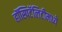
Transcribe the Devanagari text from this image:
हॉस्पिटॅलिटीमध्ये